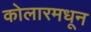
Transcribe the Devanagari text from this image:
कोलारमधून